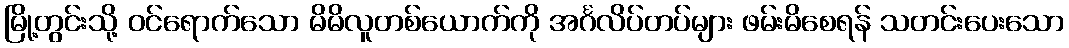
မြို့တွင်းသို့ ဝင်ရောက်သော မိမိလူတစ်ယောက်ကို အင်္ဂလိပ်တပ်များ ဖမ်းမိစေရန် သတင်းပေးသော